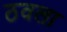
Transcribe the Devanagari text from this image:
ठवला